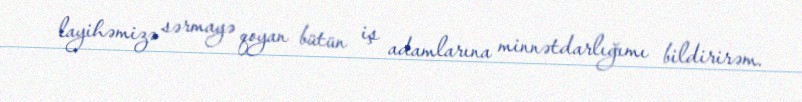
layihəmizə sərmayə qoyan bütün iş adamlarına minnətdarlığımı bildirirəm.